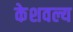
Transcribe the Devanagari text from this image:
केशवल्य